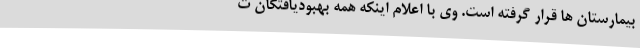
بیمارستان ها قرار گرفته است. وی با اعلام اینکه همه بهبودیافتگان ت